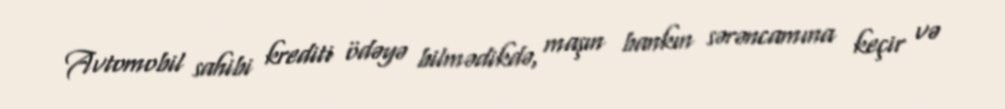
Avtomobil sahibi krediti ödəyə bilmədikdə, maşın bankın sərəncamına keçir və